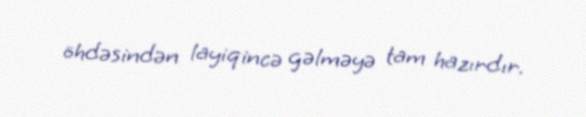
öhdəsindən layiqincə gəlməyə tam hazırdır.